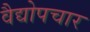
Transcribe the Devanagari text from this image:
वैद्योपचार